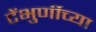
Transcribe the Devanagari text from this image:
टेंभुर्णीच्या